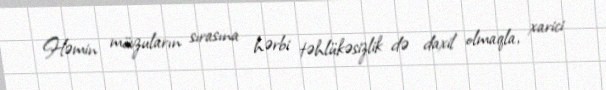
Həmin mövzuların sırasına hərbi təhlükəsizlik də daxil olmaqla, xarici